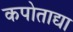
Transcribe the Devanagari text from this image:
कपोताद्या